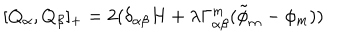
[ Q _ { \alpha } , Q _ { \beta } ] _ { + } = 2 ( \delta _ { \alpha \beta } H + \lambda \Gamma _ { \alpha \beta } ^ { m } ( \tilde { \phi } _ { m } - \phi _ { m } ) )